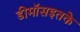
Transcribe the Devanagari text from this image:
डीमॉसइतके